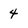
Character: 4